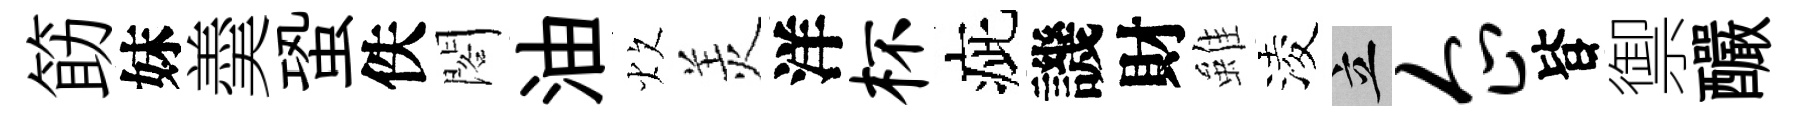
筯妹羮蛩佚閣油炊羙洋杯疵譏財雖淩立企𣅜禦釅